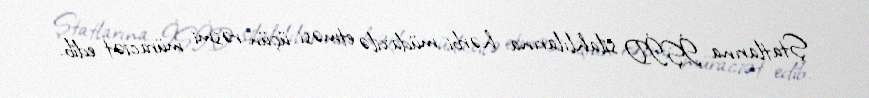
Ştatlarına İŞİD silahlılarına hərbi müdaxilə etməsi üçün rəsmi müraciət edib.